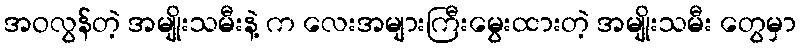
အဝလွန်တဲ့ အမျိုးသမီးနဲ့ က လေးအများကြီးမွေးထားတဲ့ အမျိုးသမီး တွေမှာ